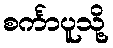
စင်္ကာပူသို့